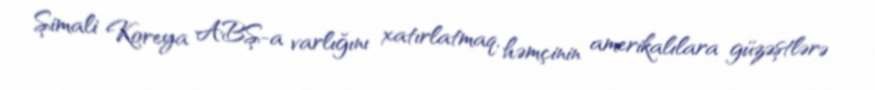
Şimali Koreya ABŞ-a varlığını xatırlatmaq, həmçinin amerikalılara güzəştlərə